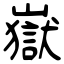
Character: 嶽